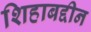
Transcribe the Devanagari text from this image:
शिहाबद्दीन